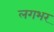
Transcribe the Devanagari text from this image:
लगभर